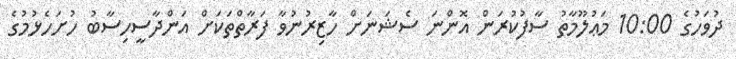
ދުވަހުގެ 10:00 މަޢުލޫމާތު ސާފުކުރަން އޮންނަ ސެޝަނަށް ހާޒިރުނުވާ ފަރާތްތަކަށް އަންދާސީހިސާބު ހުށަހެޅުމުގެ